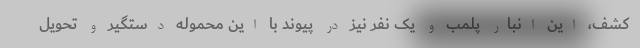
کشف، این انبار پلمب و یک نفر نیز در پیوند با این محموله دستگیر و تحویل